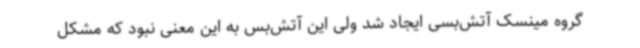
گروه مینسک آتش‌بسی ایجاد شد ولی این آتش‌بس به این معنی نبود که مشکل